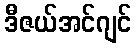
ဒီဇယ်အင်ဂျင်